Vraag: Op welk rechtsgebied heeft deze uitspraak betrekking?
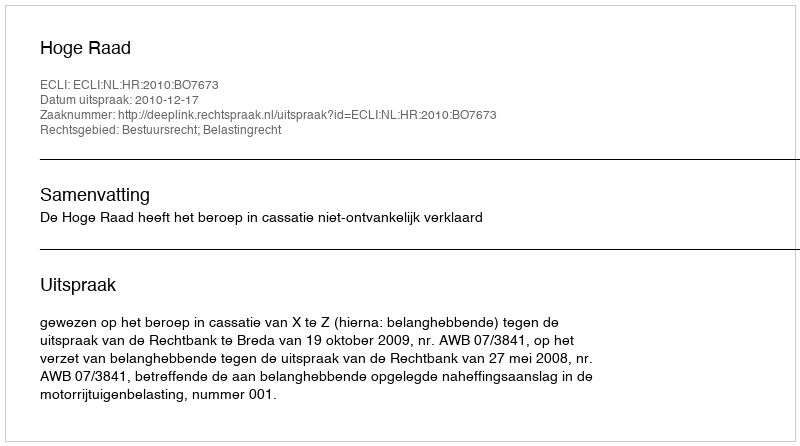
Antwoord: Bestuursrecht; Belastingrecht